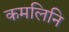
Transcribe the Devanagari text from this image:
कमलिनि